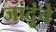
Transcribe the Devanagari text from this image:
जादूंचे